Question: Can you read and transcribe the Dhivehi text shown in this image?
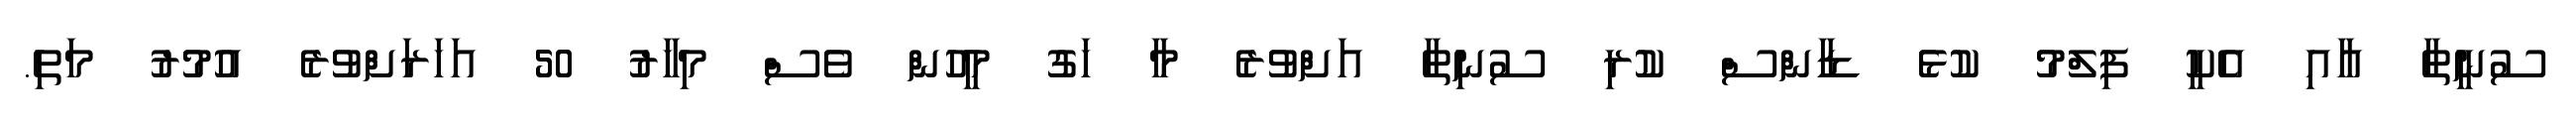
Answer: ސުނީތާ އާއި އެކީ ފިލްމު ކުޅެ ޑާންސް ކުރި ސުނިތާ އަށްވުރެ މާ ހަގު މީހުން ވެސް މިހާރު 50 އަހަރަށްވުރެ އުމުރު މަތި.